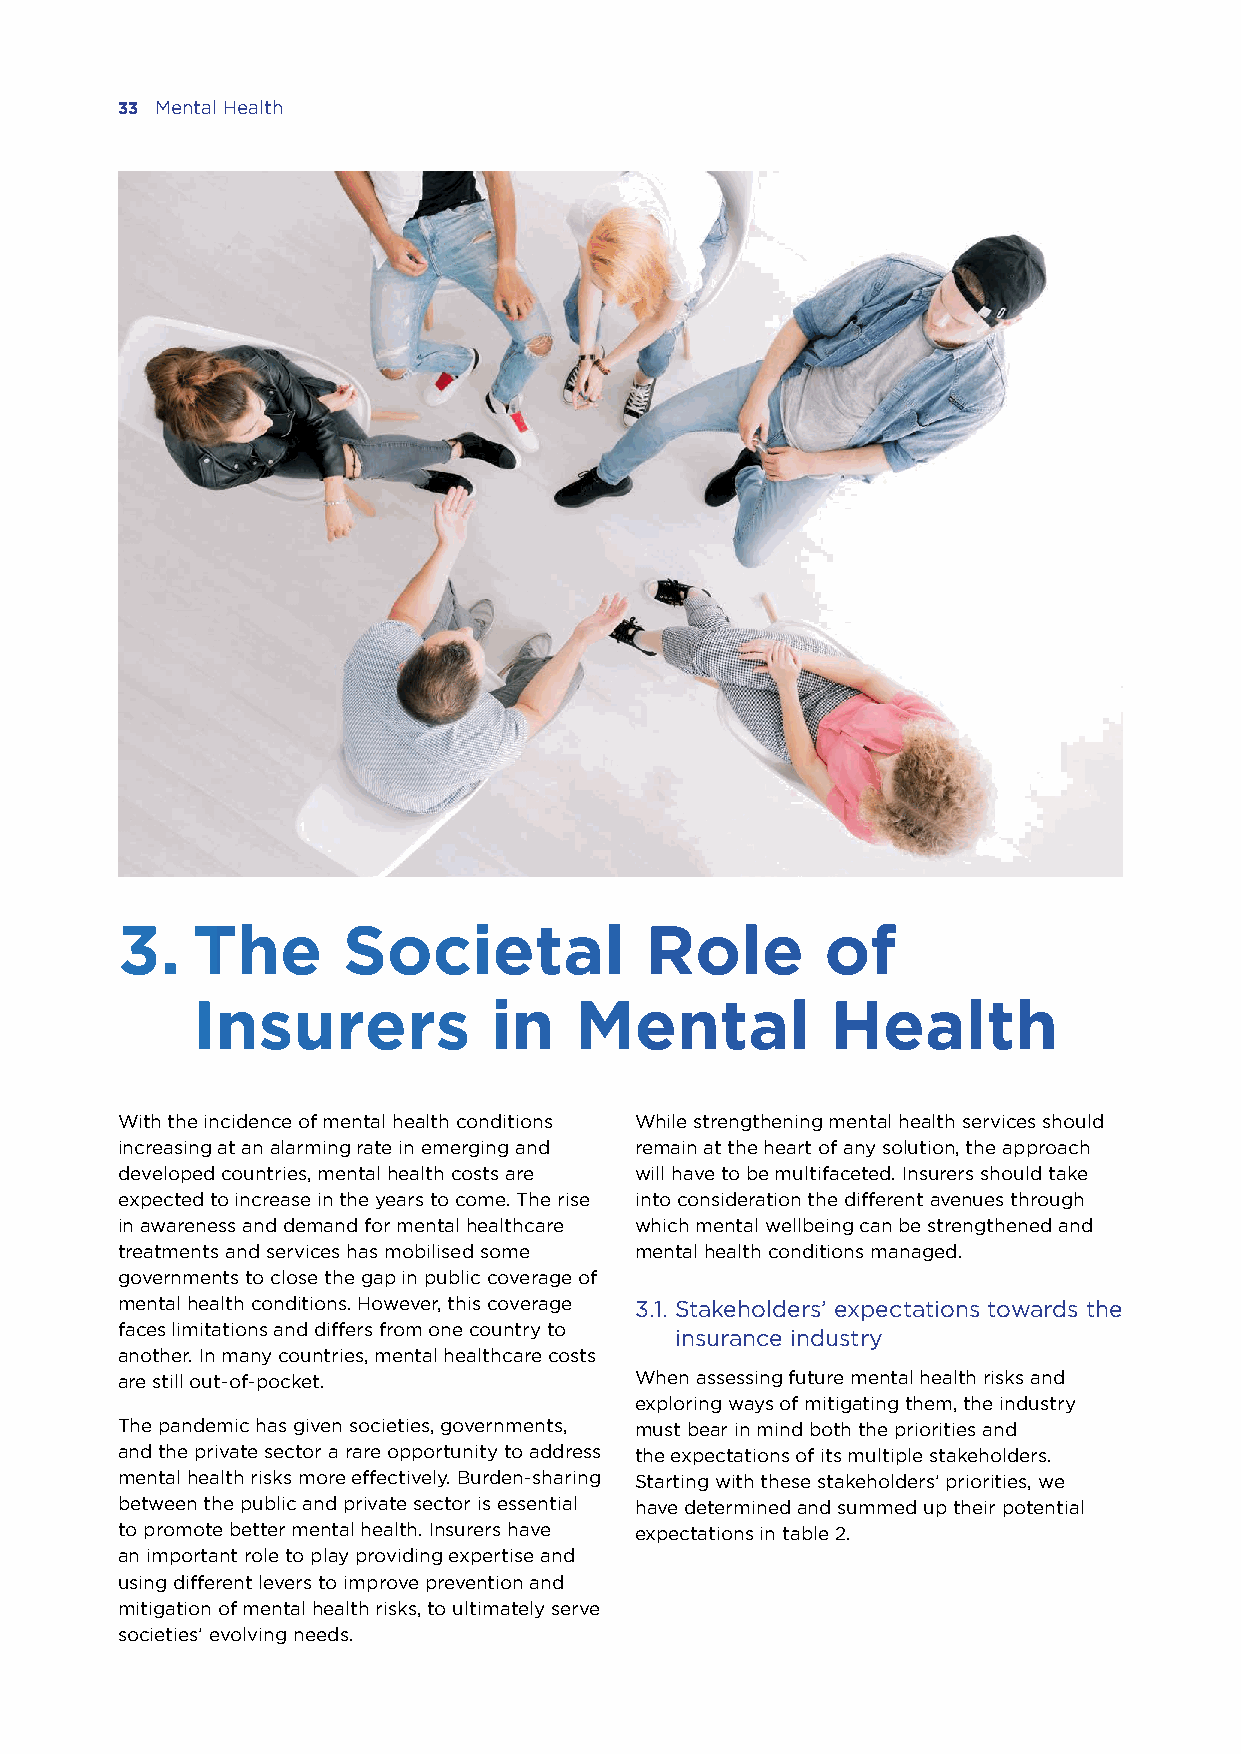
33 Mental Health
 3.   The       Societal            Role        of
 Insurers           in    Mental           Health
 With the incidence of mental health conditions While strengthening mental health services should
 increasing at an alarming rate in emerging and remain at the heart of any solution, the approach
 developed countries, mental health costs are will have to be multifaceted. Insurers should take
 expected to increase in the years to come. The rise into consideration the different avenues through
 in awareness and demand for mental healthcare which mental wellbeing can be strengthened and
 treatments and services has mobilised some mental health conditions managed.
 governments to close the gap in public coverage of
 mental health conditions. However, this coverage 3.1. Stakeholders’ expectations towards the
 faces limitations and differs from one country to
 insurance industry
 another. In many countries, mental healthcare costs
 are still out-of-pocket.          When assessing future mental health risks and
 exploring ways of mitigating them, the industry
 The pandemic has given societies, governments, must bear in mind both the priorities and
 and the private sector a rare opportunity to address the expectations of its multiple stakeholders.
 mental health risks more effectively. Burden-sharing Starting with these stakeholders’ priorities, we
 between the public and private sector is essential have determined and summed up their potential
 to promote better mental health. Insurers have expectations in table 2.
 an important role to play providing expertise and
 using different levers to improve prevention and
 mitigation of mental health risks, to ultimately serve
 societies’ evolving needs.